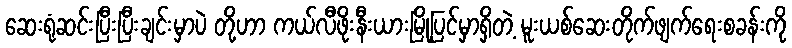
ဆေးရုံဆင်းပြီးပြီးချင်းမှာပဲ တို့ဟာ ကယ်လီဖိုးနီးယားမြို့ပြင်မှာရှိတဲ့ မူးယစ်ဆေးတိုက်ဖျက်ရေးစခန်းကို